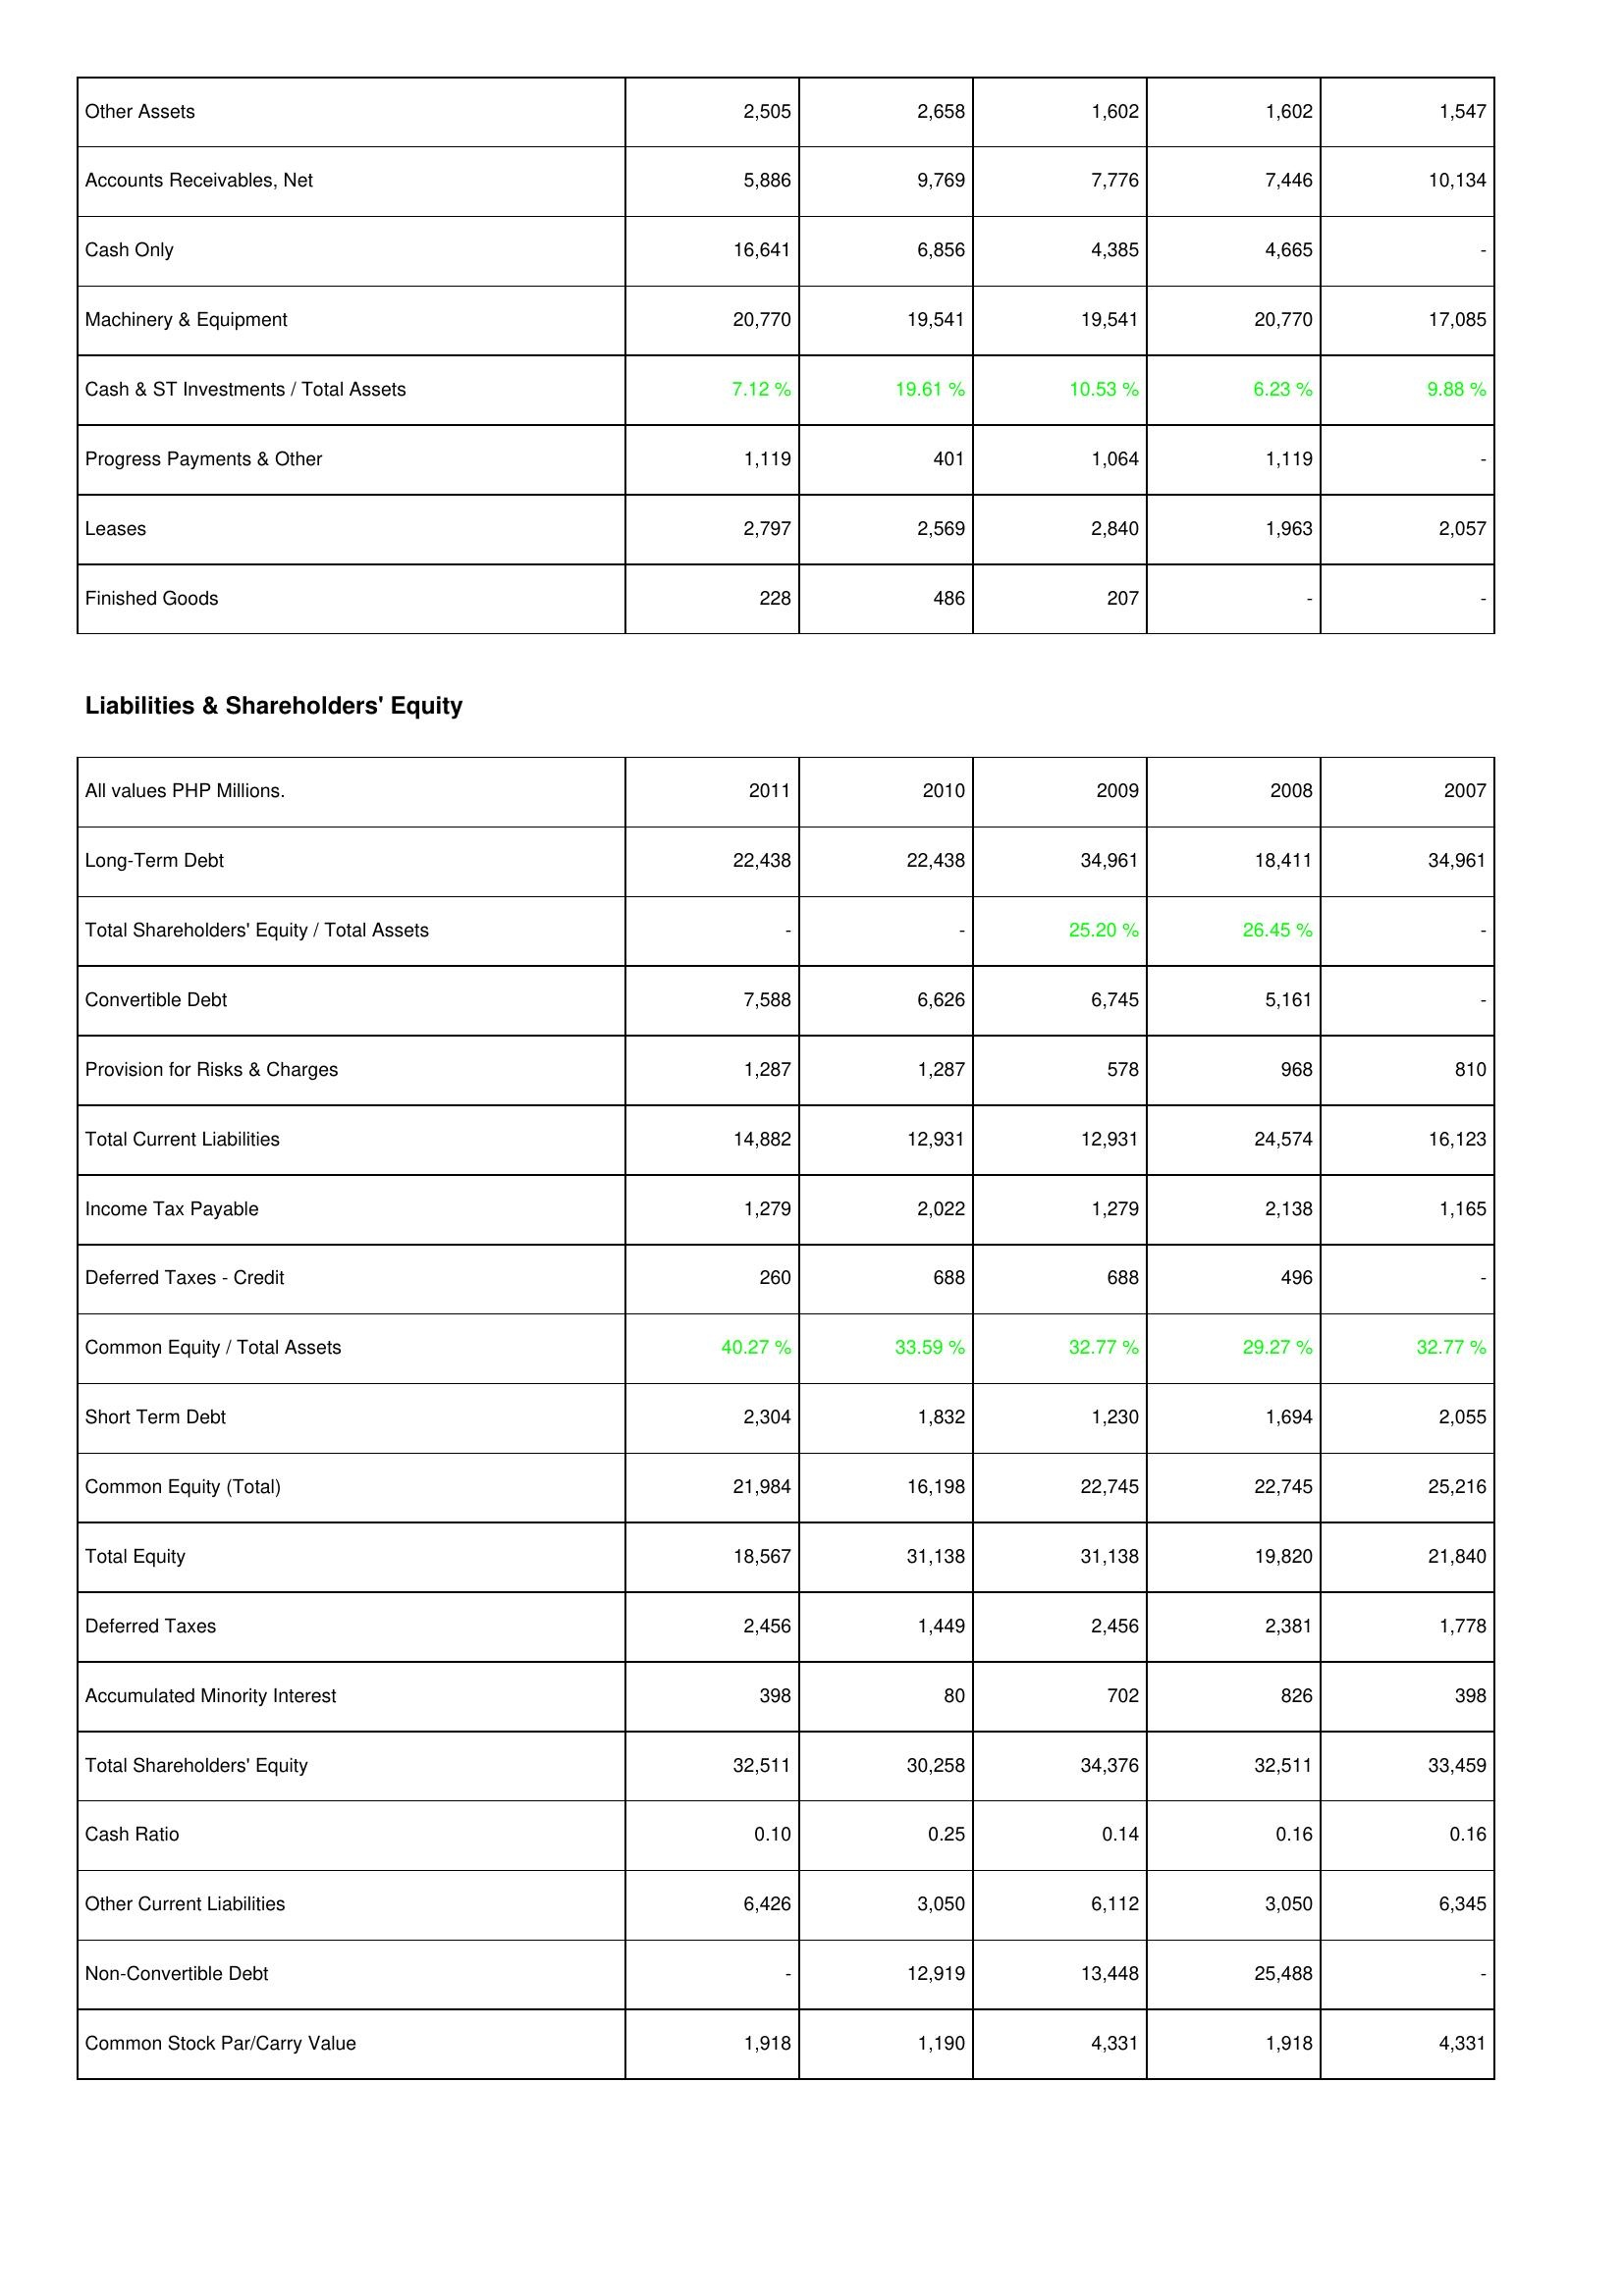
2011: Assets: Other Assets: 2,505
Accounts Receivables, Net: 5,886
Cash Only: 16,641
Machinery & Equipment: 20,770
Cash & ST Investments / Total Assets: 7.12 %
Progress Payments & Other: 1,119
Leases: 2,797
Finished Goods: 228
Liabilities & Shareholders' Equity: Long-Term Debt: 22,438
Total Shareholders' Equity / Total Assets: -
Convertible Debt: 7,588
Provision for Risks & Charges: 1,287
Total Current Liabilities: 14,882
Income Tax Payable: 1,279
Deferred Taxes - Credit: 260
Common Equity / Total Assets: 40.27 %
Short Term Debt: 2,304
Common Equity (Total): 21,984
Total Equity: 18,567
Deferred Taxes: 2,456
Accumulated Minority Interest: 398
Total Shareholders' Equity: 32,511
Cash Ratio: 0.10
Other Current Liabilities: 6,426
Non-Convertible Debt: -
Common Stock Par/Carry Value: 1,918
2010: Assets: Other Assets: 2,658
Accounts Receivables, Net: 9,769
Cash Only: 6,856
Machinery & Equipment: 19,541
Cash & ST Investments / Total Assets: 19.61 %
Progress Payments & Other: 401
Leases: 2,569
Finished Goods: 486
Liabilities & Shareholders' Equity: Long-Term Debt: 22,438
Total Shareholders' Equity / Total Assets: -
Convertible Debt: 6,626
Provision for Risks & Charges: 1,287
Total Current Liabilities: 12,931
Income Tax Payable: 2,022
Deferred Taxes - Credit: 688
Common Equity / Total Assets: 33.59 %
Short Term Debt: 1,832
Common Equity (Total): 16,198
Total Equity: 31,138
Deferred Taxes: 1,449
Accumulated Minority Interest: 80
Total Shareholders' Equity: 30,258
Cash Ratio: 0.25
Other Current Liabilities: 3,050
Non-Convertible Debt: 12,919
Common Stock Par/Carry Value: 1,190
2009: Assets: Other Assets: 1,602
Accounts Receivables, Net: 7,776
Cash Only: 4,385
Machinery & Equipment: 19,541
Cash & ST Investments / Total Assets: 10.53 %
Progress Payments & Other: 1,064
Leases: 2,840
Finished Goods: 207
Liabilities & Shareholders' Equity: Long-Term Debt: 34,961
Total Shareholders' Equity / Total Assets: 25.20 %
Convertible Debt: 6,745
Provision for Risks & Charges: 578
Total Current Liabilities: 12,931
Income Tax Payable: 1,279
Deferred Taxes - Credit: 688
Common Equity / Total Assets: 32.77 %
Short Term Debt: 1,230
Common Equity (Total): 22,745
Total Equity: 31,138
Deferred Taxes: 2,456
Accumulated Minority Interest: 702
Total Shareholders' Equity: 34,376
Cash Ratio: 0.14
Other Current Liabilities: 6,112
Non-Convertible Debt: 13,448
Common Stock Par/Carry Value: 4,331
2008: Assets: Other Assets: 1,602
Accounts Receivables, Net: 7,446
Cash Only: 4,665
Machinery & Equipment: 20,770
Cash & ST Investments / Total Assets: 6.23 %
Progress Payments & Other: 1,119
Leases: 1,963
Finished Goods: -
Liabilities & Shareholders' Equity: Long-Term Debt: 18,411
Total Shareholders' Equity / Total Assets: 26.45 %
Convertible Debt: 5,161
Provision for Risks & Charges: 968
Total Current Liabilities: 24,574
Income Tax Payable: 2,138
Deferred Taxes - Credit: 496
Common Equity / Total Assets: 29.27 %
Short Term Debt: 1,694
Common Equity (Total): 22,745
Total Equity: 19,820
Deferred Taxes: 2,381
Accumulated Minority Interest: 826
Total Shareholders' Equity: 32,511
Cash Ratio: 0.16
Other Current Liabilities: 3,050
Non-Convertible Debt: 25,488
Common Stock Par/Carry Value: 1,918
2007: Assets: Other Assets: 1,547
Accounts Receivables, Net: 10,134
Cash Only: -
Machinery & Equipment: 17,085
Cash & ST Investments / Total Assets: 9.88 %
Progress Payments & Other: -
Leases: 2,057
Finished Goods: -
Liabilities & Shareholders' Equity: Long-Term Debt: 34,961
Total Shareholders' Equity / Total Assets: -
Convertible Debt: -
Provision for Risks & Charges: 810
Total Current Liabilities: 16,123
Income Tax Payable: 1,165
Deferred Taxes - Credit: -
Common Equity / Total Assets: 32.77 %
Short Term Debt: 2,055
Common Equity (Total): 25,216
Total Equity: 21,840
Deferred Taxes: 1,778
Accumulated Minority Interest: 398
Total Shareholders' Equity: 33,459
Cash Ratio: 0.16
Other Current Liabilities: 6,345
Non-Convertible Debt: -
Common Stock Par/Carry Value: 4,331